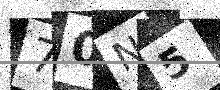
Text: 70N5